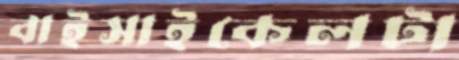
বাইসাইকেলটা